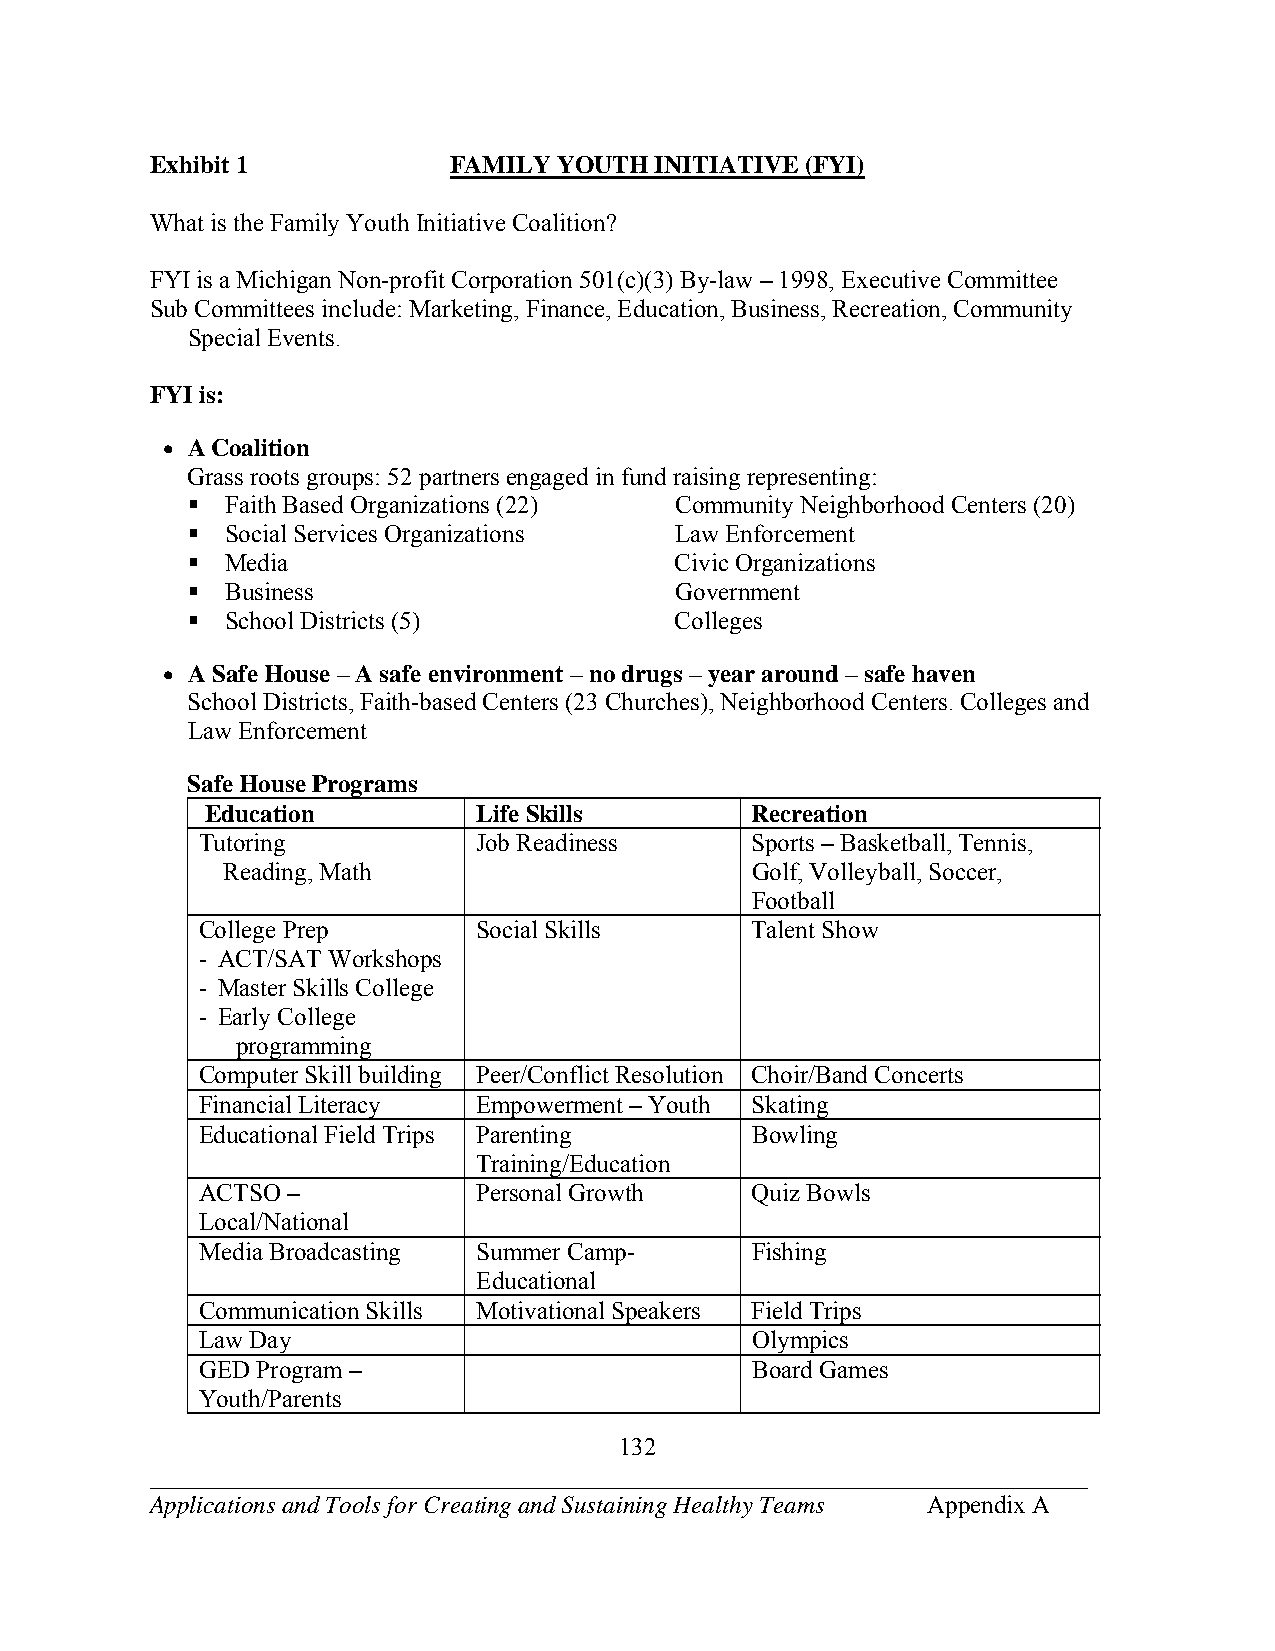
Exhibit 1           FAMILY YOUTH INITIATIVE (FYI)
 What is the Family Youth Initiative Coalition?
 FYI is a Michigan Non-profit Corporation 501(c)(3) By-law – 1998, Executive Committee
 Sub Committees include: Marketing, Finance, Education, Business, Recreation, Community
 Special Events.
 FYI is:
  A Coalition
 Grass roots groups: 52 partners engaged in fund raising representing:
   Faith Based Organizations (22) Community Neighborhood Centers (20)
   Social Services Organizations Law Enforcement
   Media                         Civic Organizations
   Business                      Government
   School Districts (5)          Colleges
  A Safe House – A safe environment – no drugs – year around – safe haven
 School Districts, Faith-based Centers (23 Churches), Neighborhood Centers. Colleges and
 Law Enforcement
 Safe House Programs
 Education         Life Skills       Recreation
 Tutoring           Job Readiness     Sports – Basketball, Tennis,
 Reading, Math                      Golf, Volleyball, Soccer,
 Football
 College Prep       Social Skills     Talent Show
 - ACT/SAT Workshops
 - Master Skills College
 - Early College
 programming
 Computer Skill building Peer/Conflict Resolution Choir/Band Concerts
 Financial Literacy Empowerment – Youth Skating
 Educational Field Trips Parenting    Bowling
 Training/Education
 ACTSO –            Personal Growth   Quiz Bowls
 Local/National
 Media Broadcasting Summer Camp-      Fishing
 Educational
 Communication Skills Motivational Speakers Field Trips
 Law Day                              Olympics
 GED Program –                        Board Games
 Youth/Parents
 132
 ___________________________________________________________________________
 Applications and Tools for Creating and Sustaining Healthy Teams Appendix A